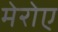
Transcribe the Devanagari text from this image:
मेरोए